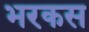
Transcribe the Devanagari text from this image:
भरकस